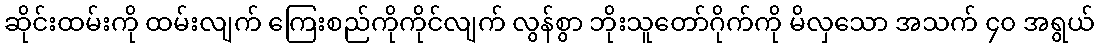
ဆိုင်းထမ်းကို ထမ်းလျက် ကြေးစည်ကိုကိုင်လျက် လွန်စွာ ဘိုးသူတော်ဂိုက်ကို မိလှသော အသက် ၄၀ အရွယ်